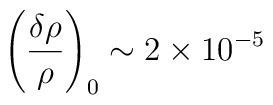
\left(\frac{\delta \rho}{\rho}\right)_0 \sim 2 \times 10^{-5}